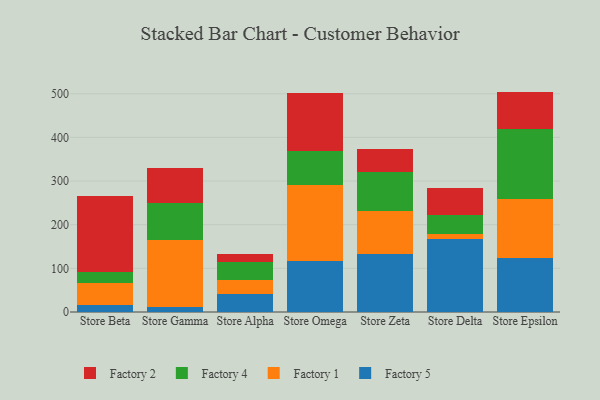
{"axis": {"x": "Store", "y": "Production Output"}, "legend": ["Factory 1", "Factory 2", "Factory 4", "Factory 5"], "data": [{"x": "Store Beta", "y": 15.0, "type": "Factory 5"}, {"x": "Store Beta", "y": 50.7, "type": "Factory 1"}, {"x": "Store Beta", "y": 25.3, "type": "Factory 4"}, {"x": "Store Beta", "y": 174.9, "type": "Factory 2"}, {"x": "Store Gamma", "y": 12.2, "type": "Factory 5"}, {"x": "Store Gamma", "y": 153.5, "type": "Factory 1"}, {"x": "Store Gamma", "y": 83.1, "type": "Factory 4"}, {"x": "Store Gamma", "y": 80.1, "type": "Factory 2"}, {"x": "Store Alpha", "y": 42.1, "type": "Factory 5"}, {"x": "Store Alpha", "y": 30.1, "type": "Factory 1"}, {"x": "Store Alpha", "y": 41.8, "type": "Factory 4"}, {"x": "Store Alpha", "y": 19.1, "type": "Factory 2"}, {"x": "Store Omega", "y": 117.1, "type": "Factory 5"}, {"x": "Store Omega", "y": 174.2, "type": "Factory 1"}, {"x": "Store Omega", "y": 78.2, "type": "Factory 4"}, {"x": "Store Omega", "y": 132.1, "type": "Factory 2"}, {"x": "Store Zeta", "y": 133.6, "type": "Factory 5"}, {"x": "Store Zeta", "y": 97.2, "type": "Factory 1"}, {"x": "Store Zeta", "y": 89.0, "type": "Factory 4"}, {"x": "Store Zeta", "y": 54.4, "type": "Factory 2"}, {"x": "Store Delta", "y": 166.8, "type": "Factory 5"}, {"x": "Store Delta", "y": 13.0, "type": "Factory 1"}, {"x": "Store Delta", "y": 41.8, "type": "Factory 4"}, {"x": "Store Delta", "y": 62.8, "type": "Factory 2"}, {"x": "Store Epsilon", "y": 124.2, "type": "Factory 5"}, {"x": "Store Epsilon", "y": 133.9, "type": "Factory 1"}, {"x": "Store Epsilon", "y": 161.3, "type": "Factory 4"}, {"x": "Store Epsilon", "y": 85.5, "type": "Factory 2"}]}